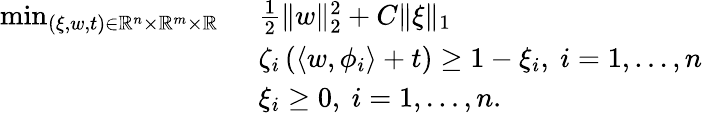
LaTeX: \begin{array}{rl}{\operatorname*{min}_{(\xi,w,t)\in\mathbb{R}^{n}\times\mathbb{R}^{m}\times\mathbb{R}}\ }&{\frac{1}{2}\| w\| _{2}^{2}+C\| \xi\| _{1}}\\ &{\zeta_{i}\left(\langle w,\phi_{i}\rangle+t\right)\geq 1-\xi_{i},\ i=1,\dots,n}\\ &{\xi_{i}\geq 0,\ i=1,\dots,n.}\end{array}